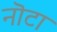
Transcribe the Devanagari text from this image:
नॊटा